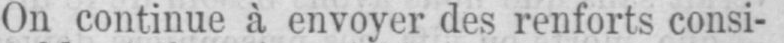
On continue à envoyer des renforts consi-